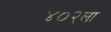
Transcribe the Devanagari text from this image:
४०२ला